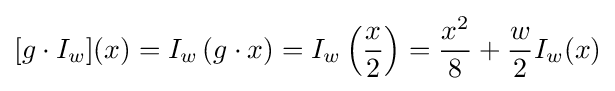
[g\cdot I_{w}](x)=I_{w}\left(g\cdot x\right)=I_{w}\left({\frac {x}{2}}\right)={\frac {x^{2}}{8}}+{\frac {w}{2}}I_{w}(x)